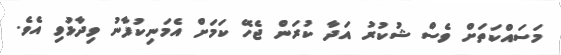
މަސައްކަތަށް ވެސް ޝުކުރު އަދާ ކުރަން ޖެހޭ ކަމަށް އެމަނިކުފާނު ވިދާޅުވި އެވެ.